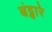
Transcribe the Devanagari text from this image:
बंट्वारे